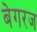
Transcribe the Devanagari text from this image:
बेगरज